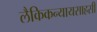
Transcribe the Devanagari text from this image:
लैकिकन्यायसाहसी